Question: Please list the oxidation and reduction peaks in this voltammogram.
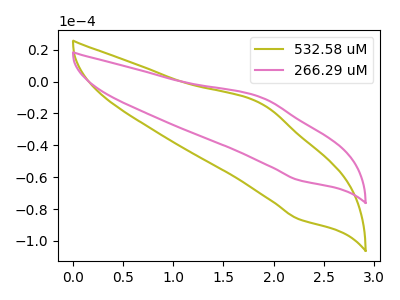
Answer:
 <answer>The olive curve "532.58 uM" has an anodic peak at (1.85V, -13.65uA) and a cathodic peak at (2.25V, -86.25uA). The pink curve "266.29 uM" has an anodic peak at (1.85V, -9.80uA) and a cathodic peak at (2.25V, -61.80uA).</answer>
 <eval></eval>